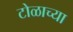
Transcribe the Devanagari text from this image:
टोळाच्या